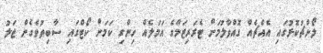
ލޯންޗުކޮޅުގައި އެއްޗެއް ގޮއްވާލުމަށް ޓެރަރިޒަމްގެ އަމަލެއް ހިންގި ކަމަށް ކޯޓްގައި ސާބިތުވެގެން ޖަލު